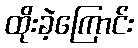
ထိုးခဲ့ကြောင်း